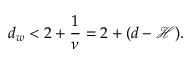
d _ { w } < 2 + \frac { 1 } { \nu } = 2 + ( d - \mathcal { H } ) .